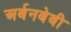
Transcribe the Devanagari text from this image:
अर्बनबेबी